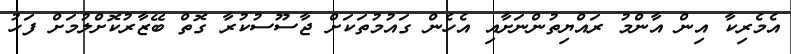
އެމެރިކާ އިން އާންމު ރައްޔިތުންނަށާއި އެހެން ގައުމުތަކަށް ޖާސޫސުކުރާ ގޮތް ބޭޒާރުކޮށްލުމަށް ފަހު